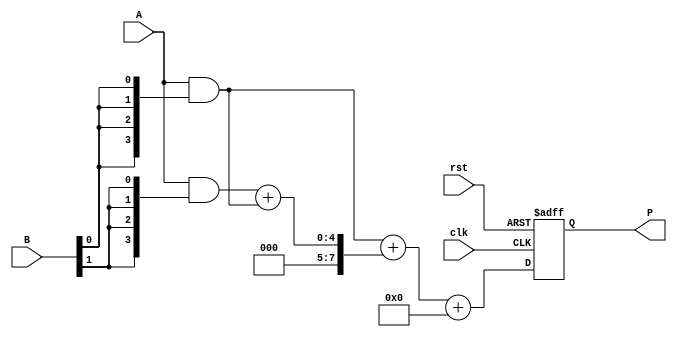
module DaddaMultiplier #(
    parameter N = 4 // You can change this to desired bit-width
)(
    input  [N-1:0] A,          // Multiplicand
    input  [N-1:0] B,          // Multiplier
    input  clk,                // Clock signal
    input  rst,                // Reset signal
    output reg [2*N-1:0] P     // Final product
);

    // Partial products
    wire [N-1:0] partial_products[N-1:0];

    // Generate partial products
    genvar i, j;
    generate
        for (i = 0; i < N; i = i + 1) begin: PP_GEN
            assign partial_products[i] = A & {N{B[i]}};
        end
    endgenerate

    // Internal signals for the reduction tree
    wire [2*N-1:0] sum[2*N-1:0];
    wire [2*N-1:0] carry[2*N-1:0];

    // Dadda reduction tree
    // Stage 1: Pairwise addition of partial products
    generate
        for (i = 0; i < N; i = i + 1) begin: STAGE1
            if (i == 0) begin
                assign {carry[i], sum[i]} = {1'b0, partial_products[i]};
            end else begin
                assign {carry[i], sum[i]} = partial_products[i] + partial_products[i-1]; // Simple adder
            end
        end
    endgenerate

    // Further stages: Aggregate the sums
    // You may need to extend this to accommodate all rounds of addition as per Dadda's algorithm
    // Keeping it simple for demonstration purposes

    // Final Addition
    always @(posedge clk or posedge rst) begin
        if (rst) begin
            P <= 0; // Reset output
        end else begin
            // Adding final sums
            P <= sum[0] + sum[1] + carry[1]; // Just an example, you can expand this to a full tree
        end
    end
endmodule